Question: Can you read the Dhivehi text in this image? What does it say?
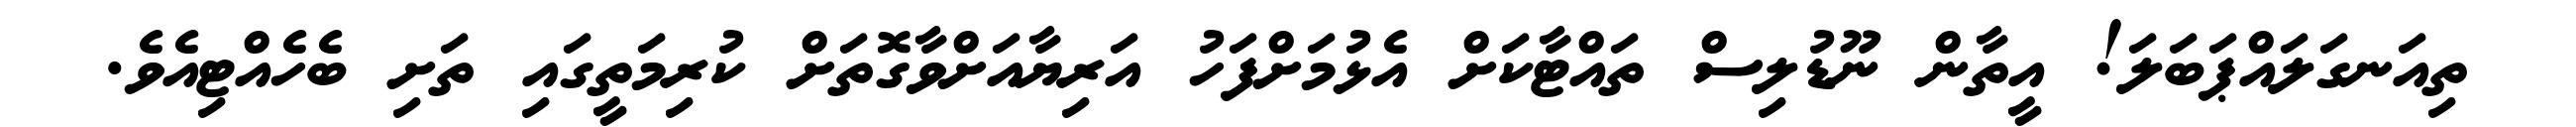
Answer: ތިއަނގަލައްޕަބަލަ! އީތާން ނޫޑުލިސް ތައްޓާކަށް އެޅުމަށްފަހު އަރިޔާއަށްވާގޮތަށް ކުރިމަތީގައި ތަށި ބެހެއްޓިއެވެ.